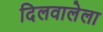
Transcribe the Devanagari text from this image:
दिलवालेला